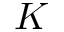
K